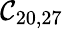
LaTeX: \mathcal{C}_{20,27}